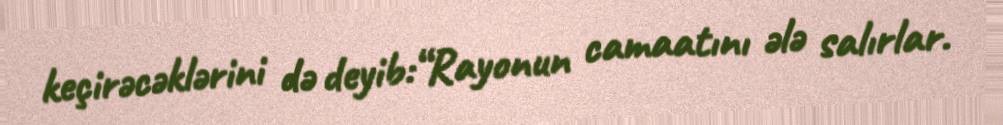
keçirəcəklərini də deyib:“Rayonun camaatını ələ salırlar.